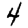
Digit: 4